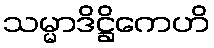
သမ္မာဒိဋ္ဌိကေဟိ